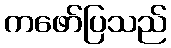
ကဖော်ပြသည်